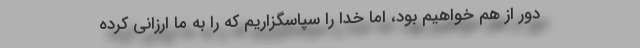
دور از هم خواهیم بود، اما خدا را سپاسگزاریم که را به ما ارزانی کرده